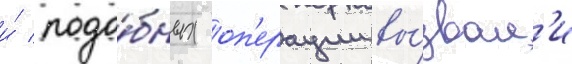
и́ подо́бных оп'ерации вы́звал'и